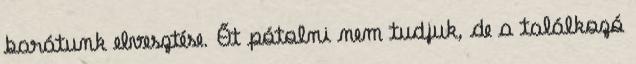
barátunk elvesztése. Őt pótolni nem tudjuk, de a találkozó